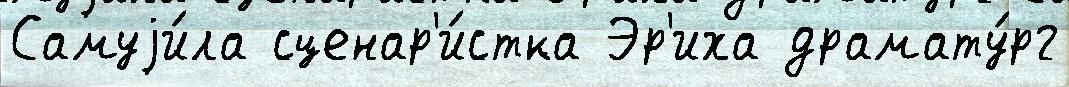
Самуjи́ла сценар'и́стка Эр'иха драмату́рг